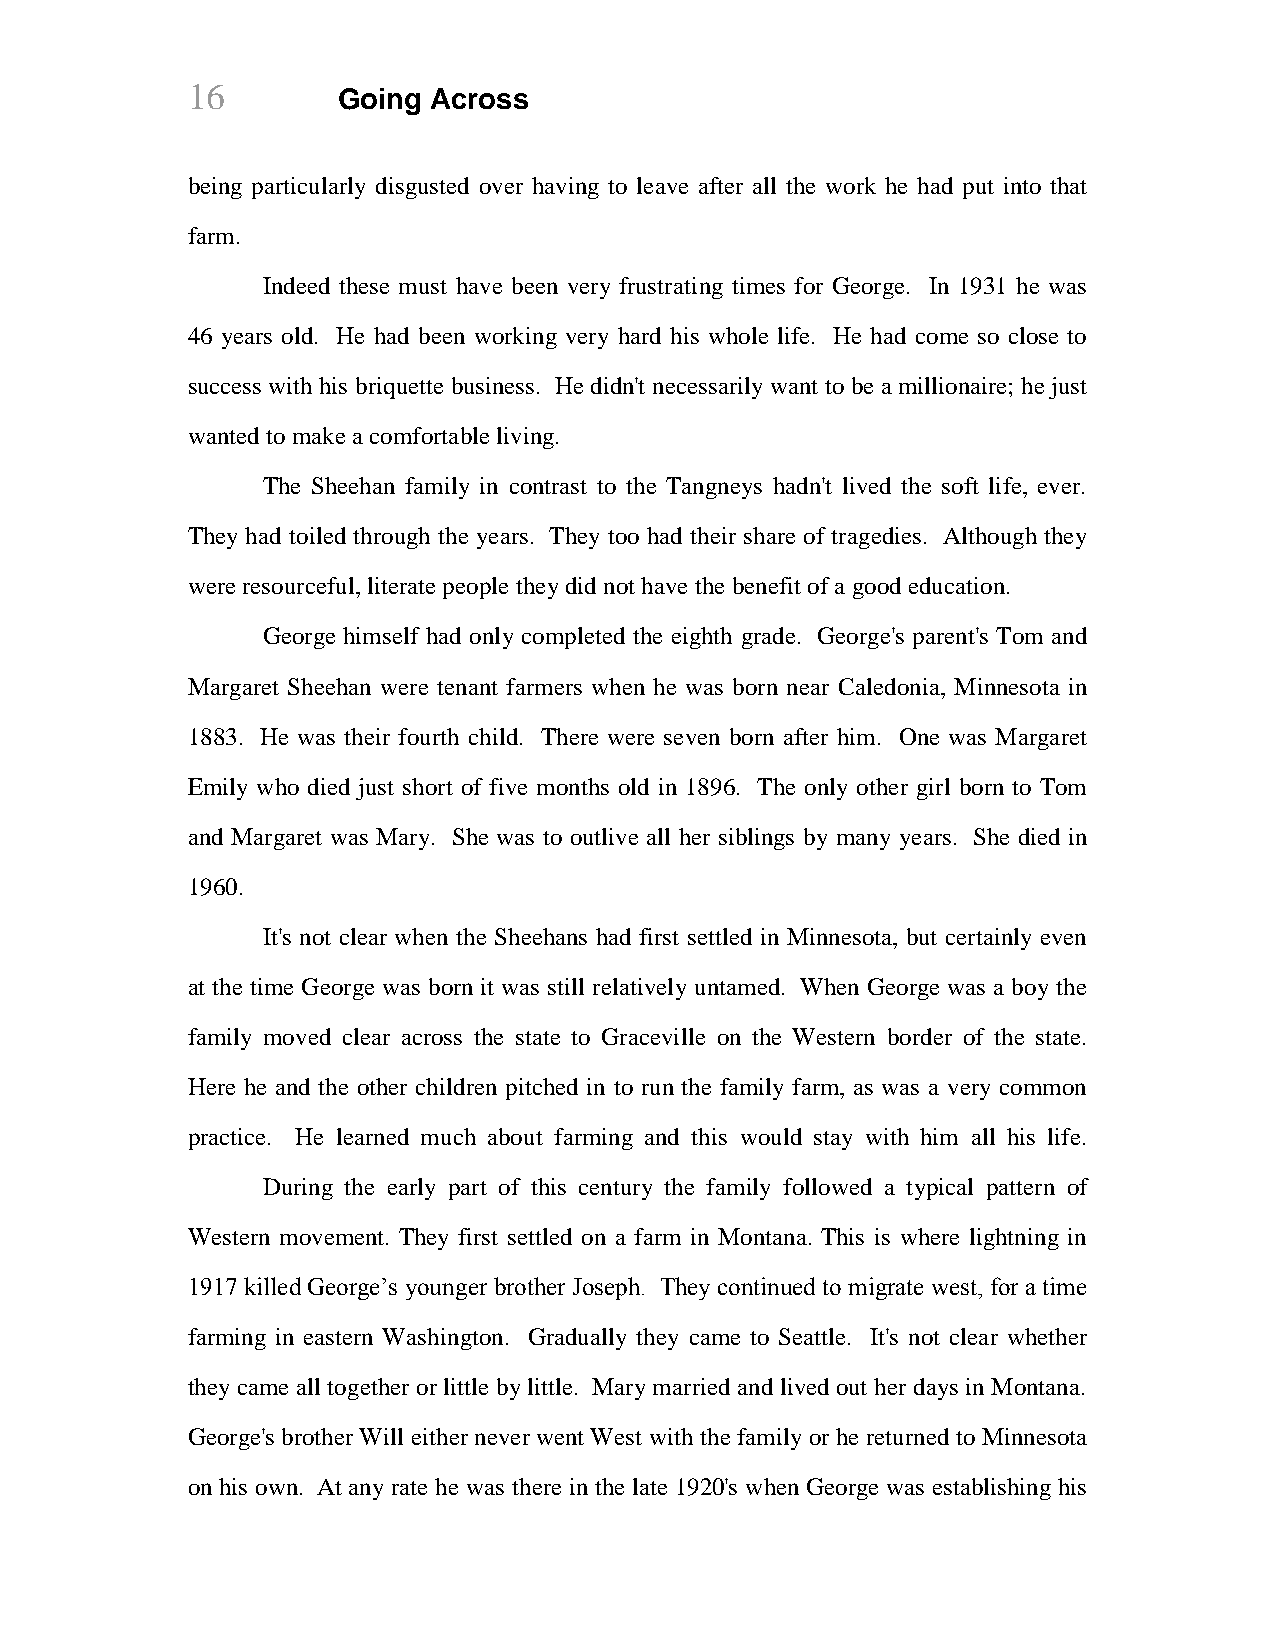
16        Going Across
 being particularly disgusted over having to leave after all the work he had put into that
 farm.
 Indeed these must have been very frustrating times for George. In 1931 he was
 46 years old. He had been working very hard his whole life. He had come so close to
 success with his briquette business. He didn't necessarily want to be a millionaire; he just
 wanted to make a comfortable living.
 The Sheehan family in contrast to the Tangneys hadn't lived the soft life, ever.
 They had toiled through the years. They too had their share of tragedies. Although they
 were resourceful, literate people they did not have the benefit of a good education.
 George himself had only completed the eighth grade. George's parent's Tom and
 Margaret Sheehan were tenant farmers when he was born near Caledonia, Minnesota in
 1883. He was their fourth child. There were seven born after him. One was Margaret
 Emily who died just short of five months old in 1896. The only other girl born to Tom
 and Margaret was Mary. She was to outlive all her siblings by many years. She died in
 1960.
 It's not clear when the Sheehans had first settled in Minnesota, but certainly even
 at the time George was born it was still relatively untamed. When George was a boy the
 family moved clear across the state to Graceville on the Western border of the state.
 Here he and the other children pitched in to run the family farm, as was a very common
 practice. He learned much about farming and this would stay with him all his life.
 During the early part of this century the family followed a typical pattern of
 Western movement. They first settled on a farm in Montana. This is where lightning in
 1917 killed George’s younger brother Joseph. They continued to migrate west, for a time
 farming in eastern Washington. Gradually they came to Seattle. It's not clear whether
 they came all together or little by little. Mary married and lived out her days in Montana.
 George's brother Will either never went West with the family or he returned to Minnesota
 on his own. At any rate he was there in the late 1920's when George was establishing his